Scientific memoirs by medical officers of the Army of India - Part X,
Year: 1897
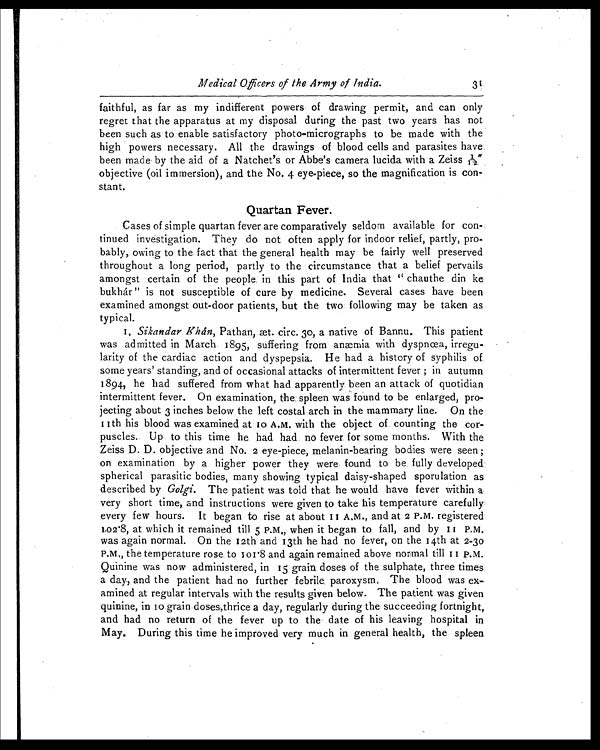
Medical Officers of the Army of India.
31
faithful, as far as my indifferent powers of drawing permit, and can only
regret that the apparatus at my disposal during the past two years has not
been such as to enable satisfactory photo-micrographs to be made with the
high powers necessary. All the drawings of blood cells and parasites have
been made by the aid of a Natchet's or Abbe's camera lucida with a Zeiss 1/1:2"
objective (oil immersion), and the No. 4 eye-piece, so the magnification is con-
stant.
Quartan Fever.
Cases of simple quartan fever are comparatively seldom available for con-
tinued investigation. They do not often apply for indoor relief, partly, pro-
bably, owing to the fact that the general health may be fairly well preserved
throughout a long period, partly to the circumstance that a belief pervails
amongst certain of the people in this part of India that " chauthe din ke
bukhár " is not susceptible of cure by medicine. Several cases have been
examined amongst out-door patients, but the two following may be taken as
typical.
1 .
S i k a n d a r K h á n ,
P a t h a n , æ t . c i r c . 3 0 , a n a t i v e o f B a n n u . T h i s p a t i e n t
was admitted in March. 1895, suffering from anæmia with dyspnœa, irregu-
larity of the cardiac action and dyspepsia. He had a history of syphilis of
some years' standing, and of occasional attacks of intermittent fever ; in autumn
1894, he had suffered from what had apparently been an attack of quotidian
intermittent fever. On examination, the spleen was found to be enlarged, pro-
jecting about 3 inches below the left costal arch in the mammary line. On the
11th his blood was examined at 10 A.M. with the object of counting the cor-
puscles. Up to this time he had had no fever for some months. With the
Zeiss D. D. objective and No. 2 eye-piece, melanin-bearing bodies were seen ;
on examination by a higher power they were found to be fully developed
spherical parasitic bodies, many showing typical daisy-shaped sporulation as
described by Golgi. The patient was told that he would have fever within a
very short time, and instructions were given to take his temperature carefully
every few hours. It began to rise at about 11 A.M., and at 2 P.M. registered
102.8, at which it remained till 5 P.M., when it began to fall, and by 11 P.M.
was again normal. On the 12th and 13th he had no fever, on the 14th at 2-30
P.M., the temperature rose to 101·8 and again remained above normal till 11 P.M.
Quinine was now administered, in 15 grain doses of the sulphate, three times
a day, and the patient had no further febrile paroxysm, The blood was ex-
amined at regular intervals with the results given below. The patient was given
quinine, in 10 grain doses, thrice a day, regularly during the succeeding fortnight,
and had no return of the fever up to the date of his leaving hospital in
May. During this time he improved very much in general health, the spleen